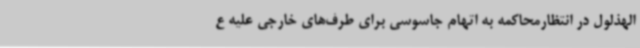
الهذلول در انتظارمحاکمه به اتهام جاسوسی برای طرف‌های خارجی علیه ع